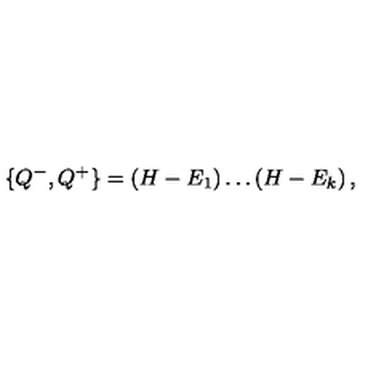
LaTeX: \{ Q ^ { - } , Q ^ { + } \} = \left( H - E _ { 1 } \right) \ldots \left( H - E _ { k } \right) ,